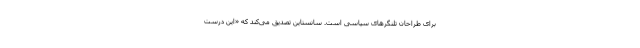
برای طراحان تلنگرهای سیاسی است. سانستاین تصدیق می‌کند که «این درست